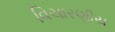
વિચારણીય